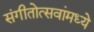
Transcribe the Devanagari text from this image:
संगीतोत्सवांमध्ये